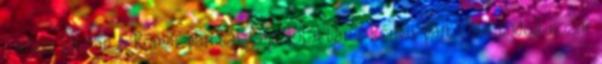
Tarlós István a Római-parttal kapcsolatban? Római-part: ide tudod hozni